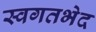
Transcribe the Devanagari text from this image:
स्वगतभेद